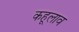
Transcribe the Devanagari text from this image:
कहूलाव